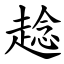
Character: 趝